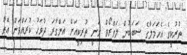
ތުރުކީގެ އެހަމަލާގެ ސަބަބުން ލަވްރޯވް ވަނީ ތުރިކީއަށް އަންގާރަ ދުވަހު ކުރައްވަން އޮތް